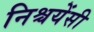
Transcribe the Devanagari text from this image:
निश्चयेंसी